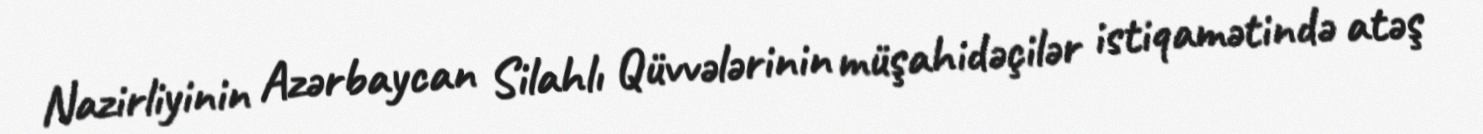
Nazirliyinin Azərbaycan Silahlı Qüvvələrinin müşahidəçilər istiqamətində atəş